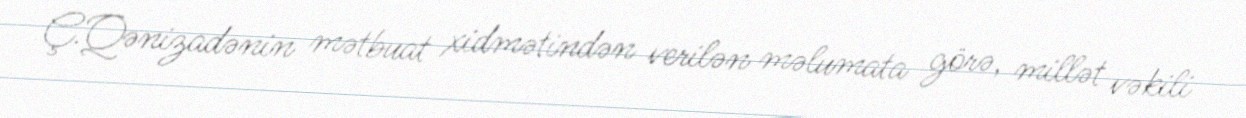
Ç.Qənizadənin mətbuat xidmətindən verilən məlumata görə, millət vəkili